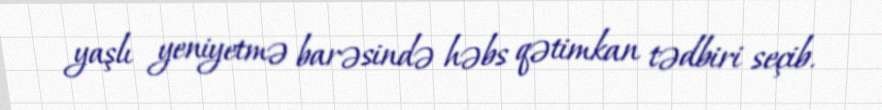
yaşlı yeniyetmə barəsində həbs qətimkan tədbiri seçib.